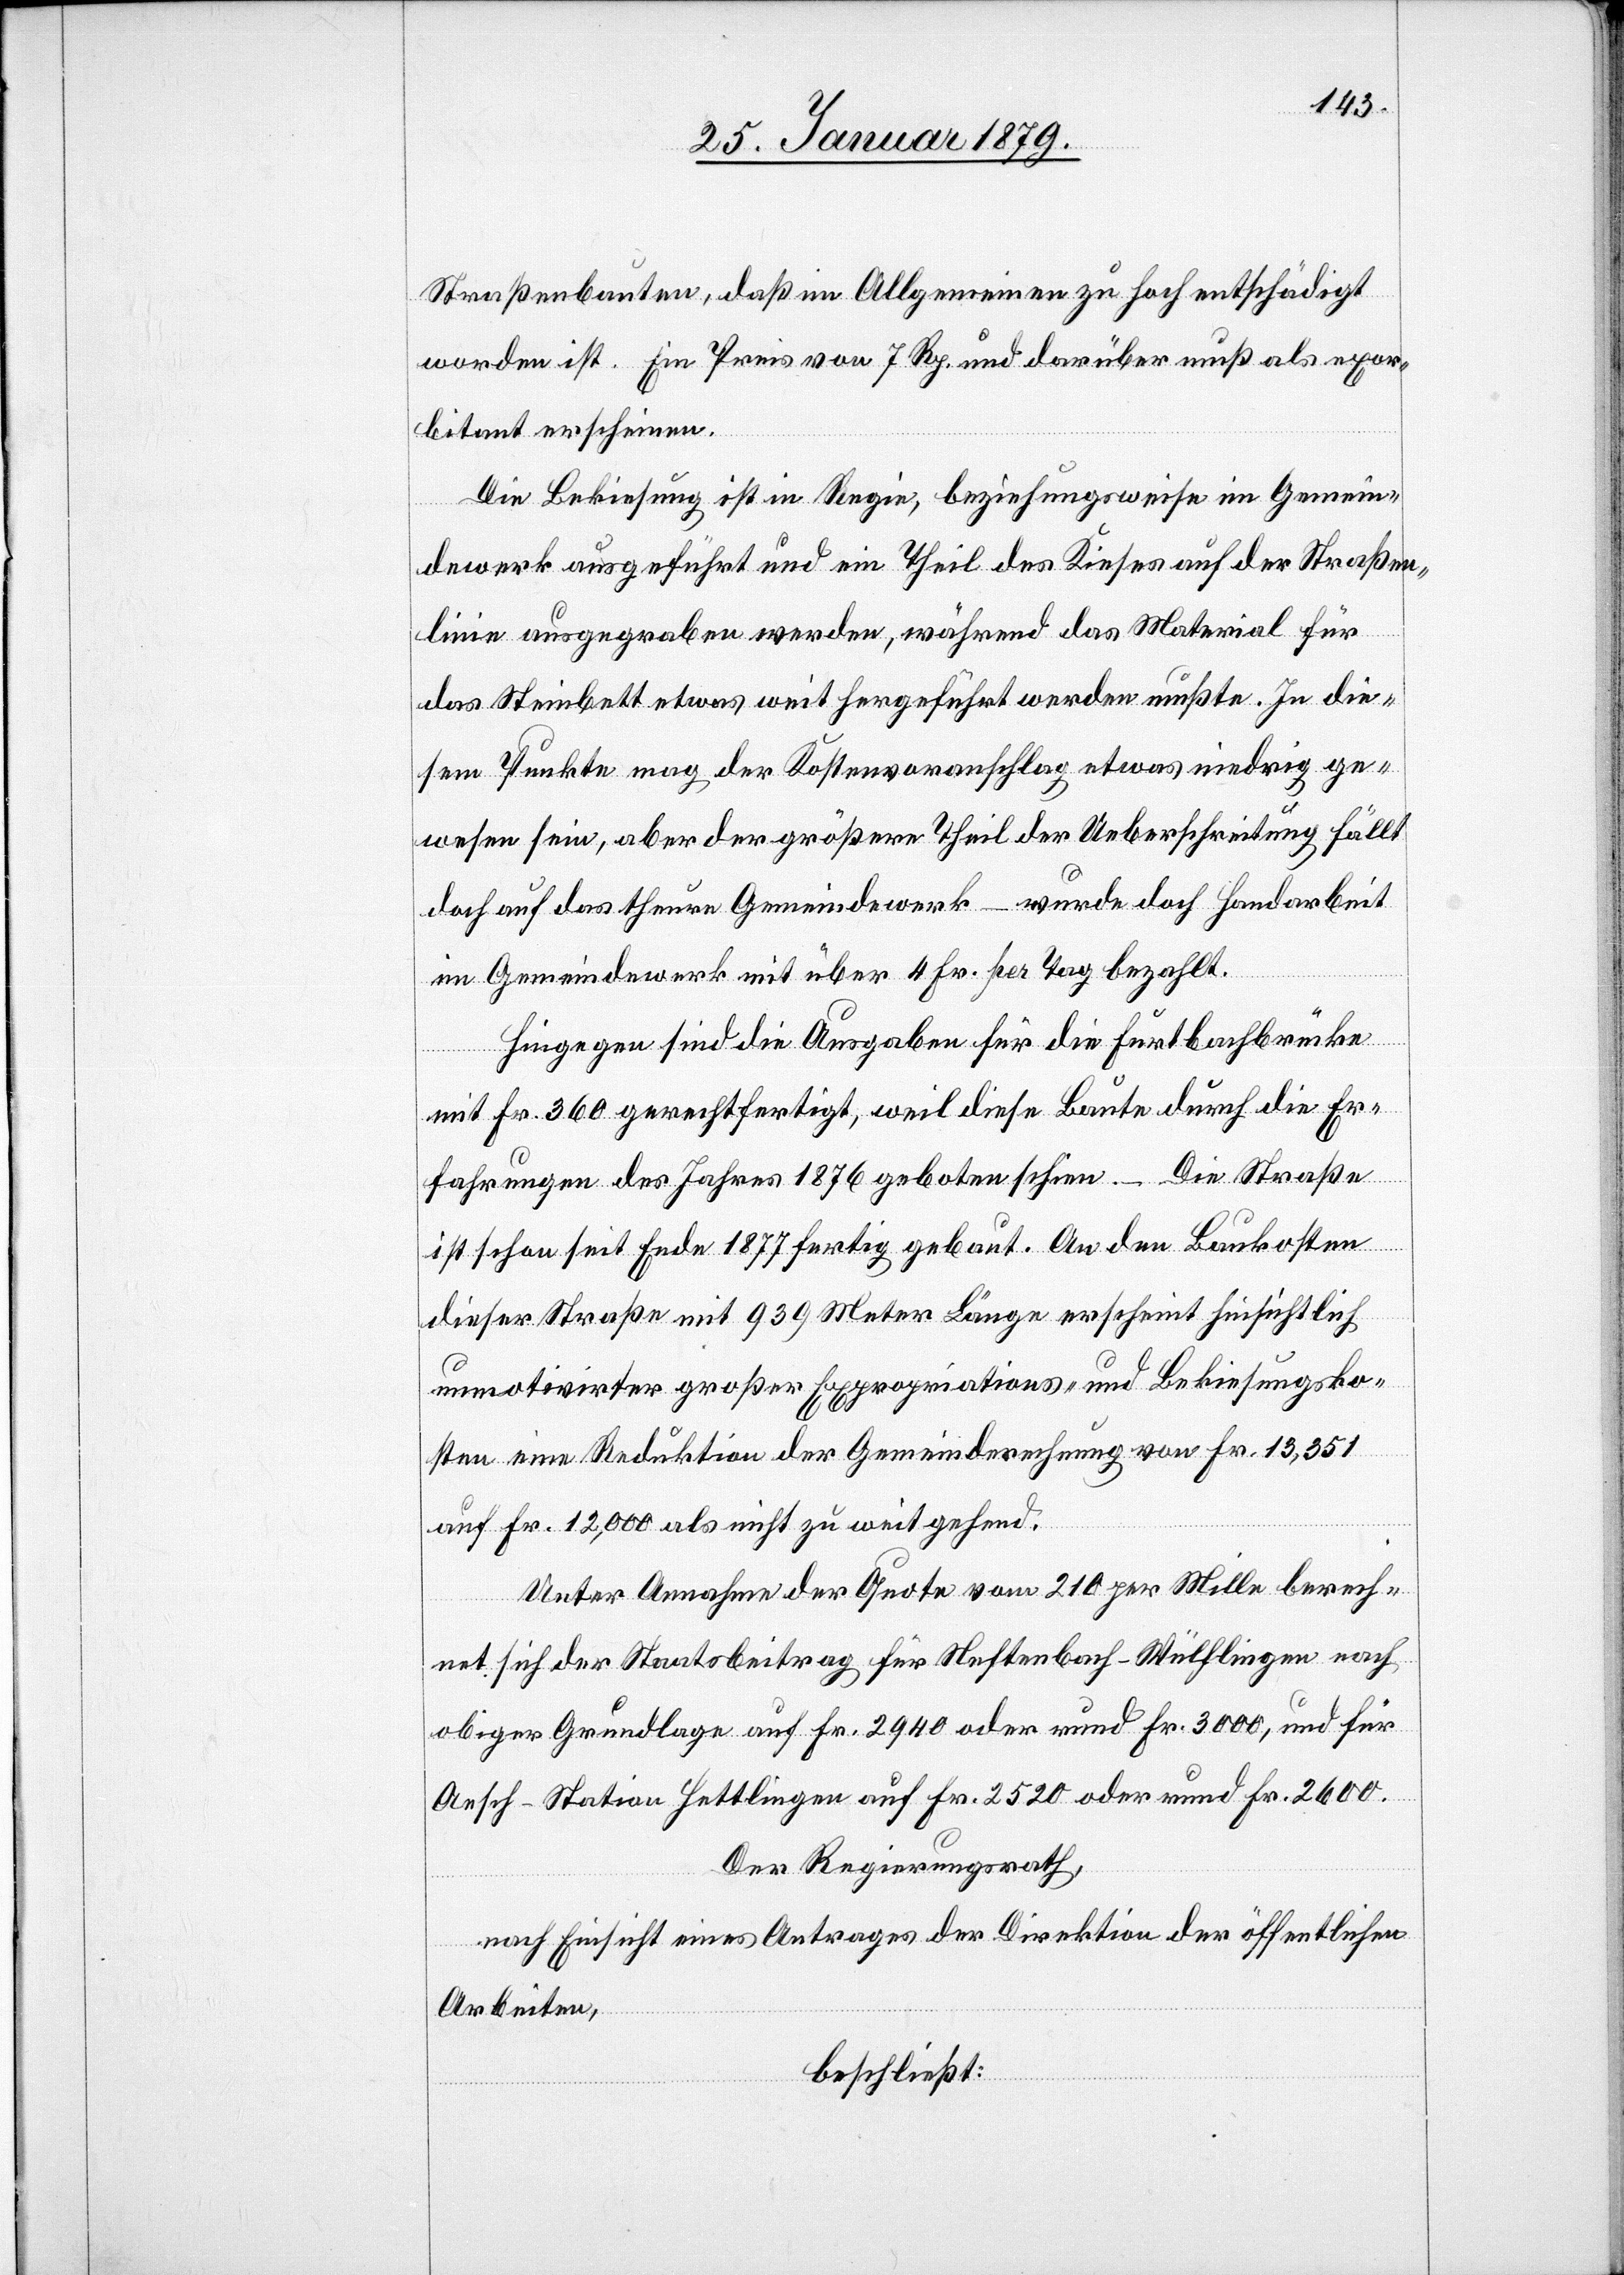
Straßenbauten, daß im Allgemeinen zu hoch entschädigt
worden ist. Ein Preis von 7 Rp. und darüber muß als exor¬
bitant erscheinen.
Die Bekiesung ist in Regie, beziehungsweise im Gemein¬
dewerk ausgeführt und ein Theil des Kieses auf der Straßen¬
linie ausgegraben werden [sic!], während das Material für
das Steinbett etwas weit hergeführt werden mußte. In die¬
sem Punkte mag der Kostenvoranschlag etwas niedrig ge¬
wesen sein, aber der größere Theil der Ueberschreitung fällt
doch auf das theure Gemeindewerk – wurde doch Handarbeit
im Gemeindewerk mit über 4 Fr. per Tag bezahlt.
Hingegen sind die Ausgaben für die Furtbachbrücke
mit Fr. 360 gerechtfertigt, weil diese Baute durch die Er¬
fahrungen des Jahres 1876 geboten schien. – Die Straße
ist schon seit Ende 1877 fertig gebaut. An den Baukosten
dieser Straße mit 939 Meter Länge erscheint hinsichtlich
unmotivirter großer Expropriations- und Bekiesungsko¬
sten eine Reduktion der Gemeinderechnung von Fr. 13,351
auf Fr. 12,000 als nicht zu weit gehend.
Unter Annahme der Quote von 210 per Mille berech¬
net sich der Staatsbeitrag für Neftenbach–Wülflingen nach
obiger Grundlage auf Fr. 2940 oder rund Fr. 3000, und für
Aesch–Station Hettlingen auf Fr. 2520 oder rund Fr. 2600.
Der Regierungsrath,
nach Einsicht eines Antrages der Direktion der öffentlichen
Arbeiten,
beschließt: